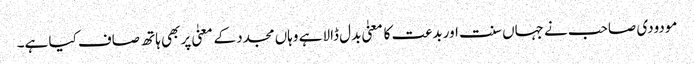
مودودی صاحب نے جہاں سنت اور بدعت کا معنیٰ بدل ڈالا ہے وہاں مجدد کے معنیٰ پر بھی ہاتھ صاف کیا ہے۔